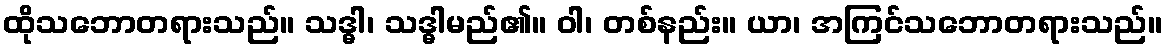
ထိုသဘောတရားသည်။ သဒ္ဓါ၊ သဒ္ဓါမည်၏။ ဝါ၊ တစ်နည်း။ ယာ၊ အကြင်သဘောတရားသည်။